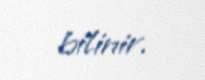
bilinir.